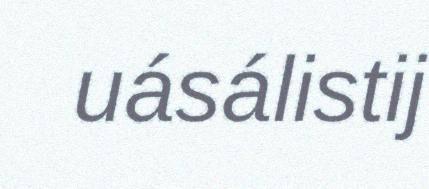
uásálistij